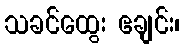
သခင်ထွေး ဧချင်း၊